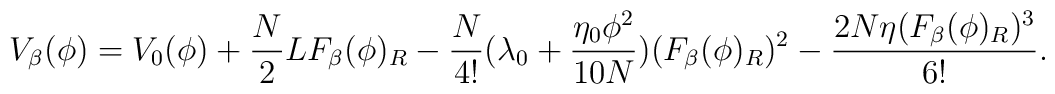
V_{\beta}(\phi)=V_0(\phi)+\frac{N}{2} LF_\beta(\phi)_R-\frac{N}{4!}(\lambda_0+\frac{\eta_0 \phi^2}{10N})(F_{\beta}(\phi)_R)^2 -\frac{2N\eta (F_{\beta}(\phi)_R)^3}{6!} .